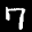
Label: 7